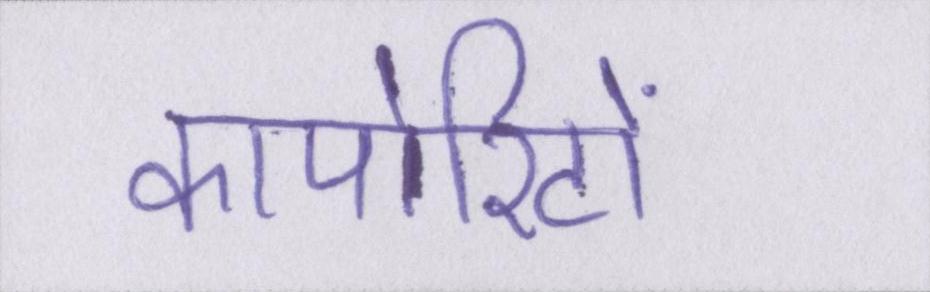
कार्पोरेटों